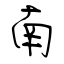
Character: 南